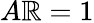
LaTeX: A\mathbb{R}=1